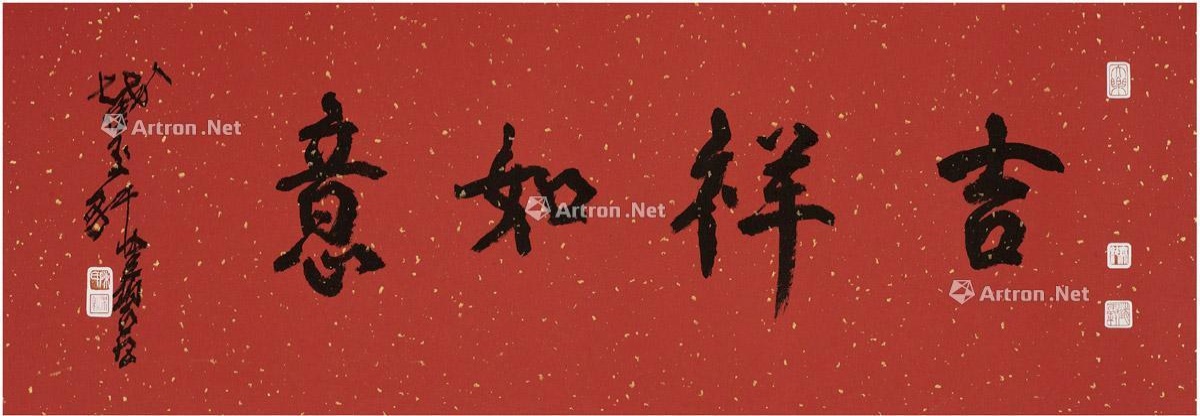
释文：吉祥如意。截玉轩健碧书。